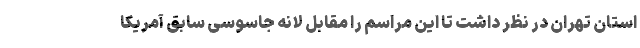
استان تهران در نظر داشت تا این مراسم را مقابل لانه جاسوسی سابق آمریکا